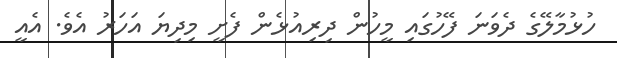
ހުޅުމާލޭގެ ދެވަނަ ފޭހުގައި މީހުން ދިރިއުޅެން ފެށީ މިދިޔަ އަހަރު އެވެ. އެއީ